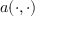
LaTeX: a ( \cdot , \cdot )